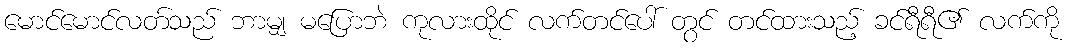
မောင်မောင်လတ်သည် ဘာမျှ မပြောဘဲ ကုလားထိုင် လက်တင်ပေါ် တွင် တင်ထားသည့် ခင်ရီရီ၏ လက်ကို